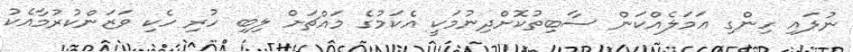
ނުލައި ހިންގި ޢަމަލެއްކަން ސާބިތުކޮށްދިނުމަކީ އެކަމުގެ މައްޗަށް ލިބި ހުރި ހެކި ވަޒަންކުރުމާއެކު